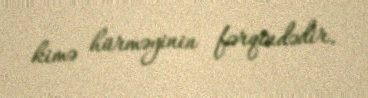
kimə hürməyinin fərqindədir.